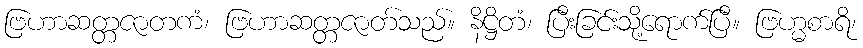
ဗြဟာဆတ္တဇာတကံ၊ ဗြဟာဆတ္တဇာတ်သည်။ နိဋ္ဌိတံ၊ ပြီးခြင်းသို့ရောက်ပြီ။ ဗြဟ္မစာရိ၊